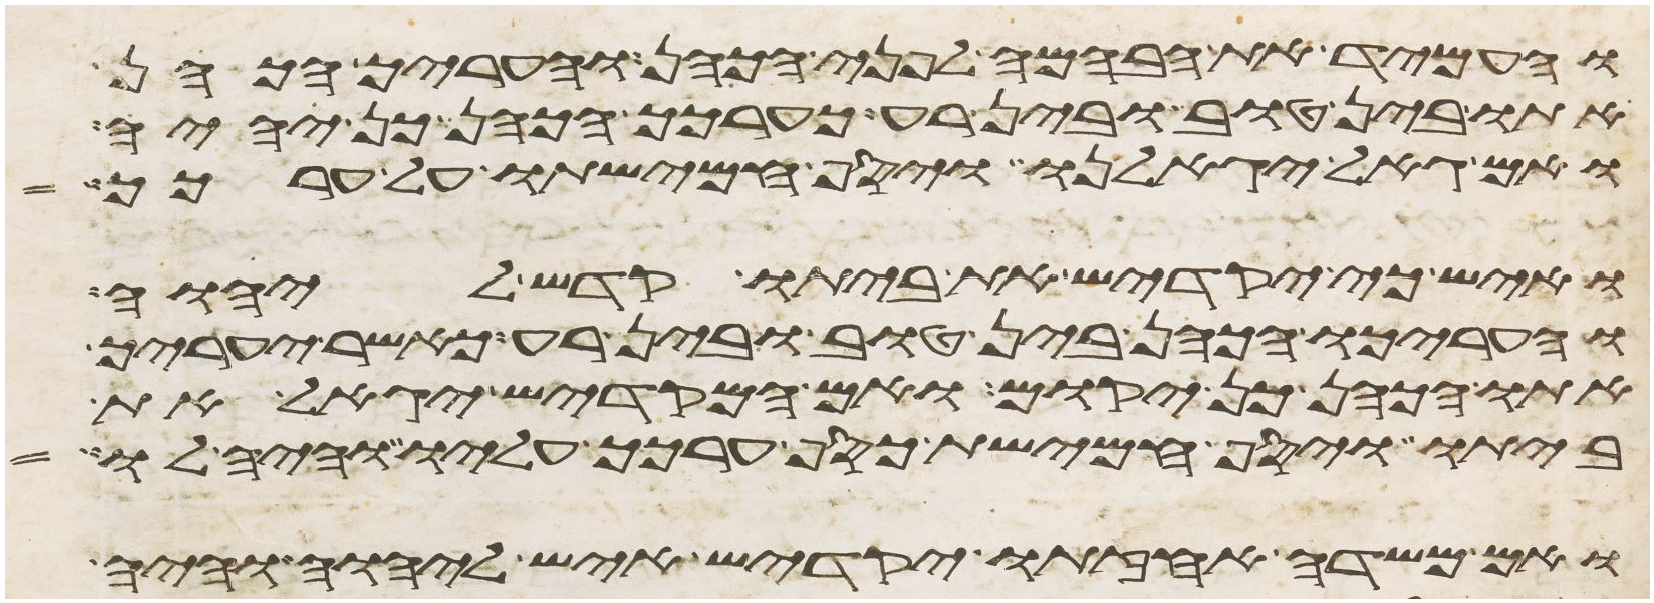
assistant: והעמיד את הבהמה לפני הכהן והעריך הכהן
אתו בין טוב ובין רע כערכך הכהן כן יהיה
ואם גאל יגאלנו ויסף חמישתו על ערכך
ואיש כי יקדיש את ביתו קדש ליהוה
והעריכו הכהן בין טוב ובין רע כאשר יעריך
אתו הכהן כן יקום ואם המקדיש יגאל את
ביתו ויסף חמישת כסף ערכך עליו והיה לו
ואם משדה אחזתו יקדיש איש ליהוה והיה